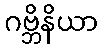
ဂဗ္ဘိနိယာ